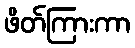
ဖိတ်ကြားကာ